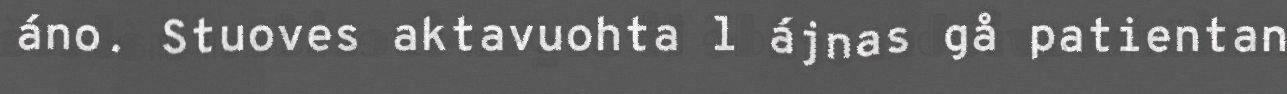
áno. Stuoves aktavuohta l ájnas gå patientan